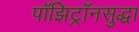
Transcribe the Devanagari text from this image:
पॉझिट्रॉनसुद्धा